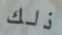
ذلك